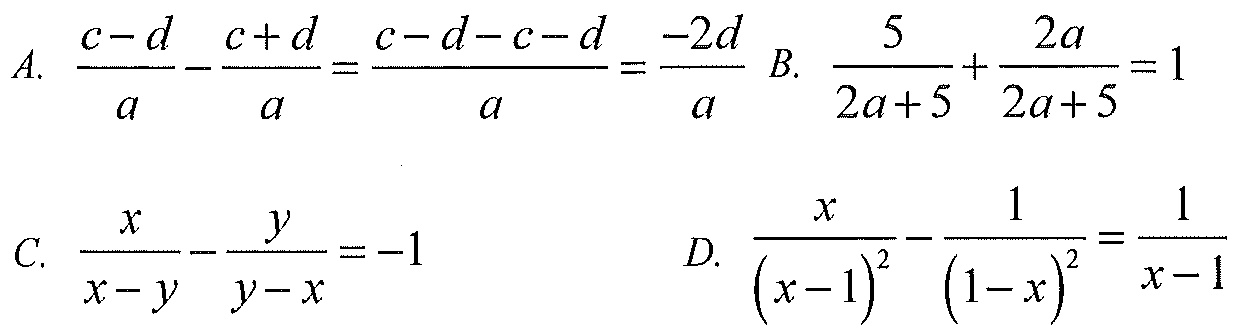
A. $\dfrac{c - d}{a}-\dfrac{c + d}{a}=\dfrac{c - d - c - d}{a}=\dfrac{-2d}{a}$ B. $\dfrac{5}{2a + 5}+\dfrac{2a}{2a + 5}=1$
C. $\dfrac{x}{x - y}-\dfrac{y}{y - x}=-1$
D. $\dfrac{x}{(x - 1)^2}-\dfrac{1}{(1 - x)^2}=\dfrac{1}{x - 1}$